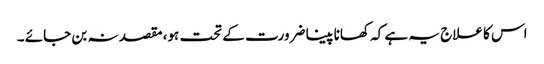
اس کا علاج یہ ہے کہ کھانا پینا ضرورت کے تحت ہو، مقصد نہ بن جائے ۔